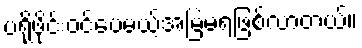
ပရိုဖိုင်းဝင်ပေမယ့်အမြဲမရဖြစ်လာတယ်။